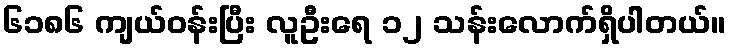
၆၁၈၆ ကျယ်ဝန်းပြီး လူဦးရေ ၁၂ သန်းလောက်ရှိပါတယ်။